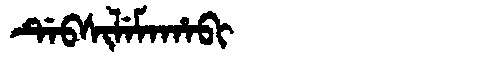
Manchu: ᡩᡝᠪᠰᡳᠯᡝᠮᠠᡥᠠᠪᡳ
Romanization: DEBSILEMAHABI